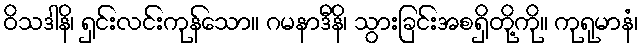
ဝိသဒါနိ၊ ရှင်းလင်းကုန်သော။ ဂမနာဒီနိ၊ သွားခြင်းအစရှိတို့ကို။ ကုရုမာနံ၊